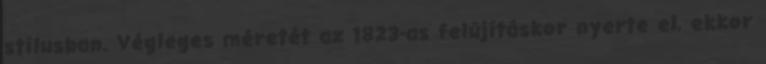
stílusban. Végleges méretét az 1823-as felújításkor nyerte el, ekkor